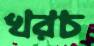
খরচ